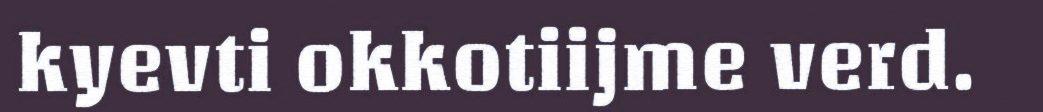
kyevti okkotiijme verd.